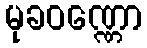
မုခဝဏ္ဏော